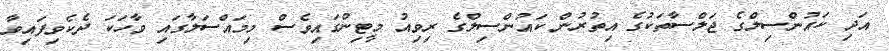
އަދި ކައުންސިލްގެ ޖަލްސާތަކުގެ އިތުރުން ކައުންސިލްގެ ރިވިއު މީޓިންގައިވެސް މިމައްސަލާގައި ވާހަކަ ދެކެވިފައިވާ